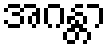
အဂန္တာ